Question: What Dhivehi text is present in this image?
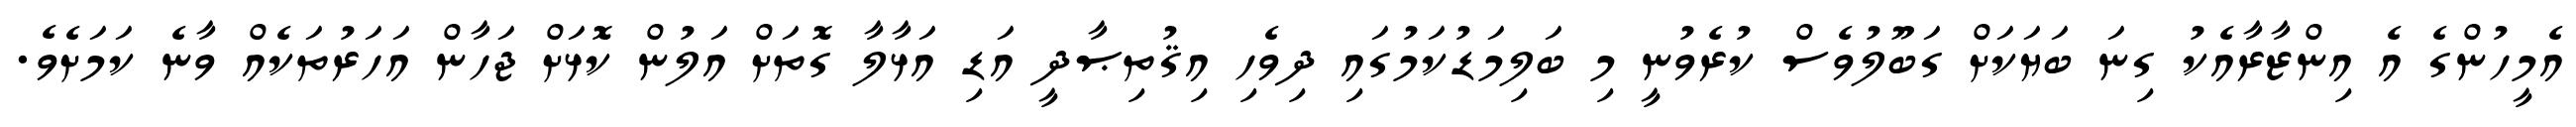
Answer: އެމީހުންގެ އެ އިންޒާރާއެކު ގިނަ ބަޔަކަށް ގަބޫލުވެސް ކުރެވުނީ މި ބަލިމަޑުކަމުގައި ދިވެހި އިޤުތިޞާދީ އަޑި އަޅާލާ ގޮތަށް އަލުން ކޮޅަށް ޖަހާން އަހަރުތަކެއް ވާނެ ކަމަށެވެ.